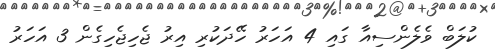
ކުލަބް ވެލެންސިއާ ގައި 4 އަހަރު ހޭދަކުރި އިރު ޖެހިޖެހިގެން 3 އަހަރު